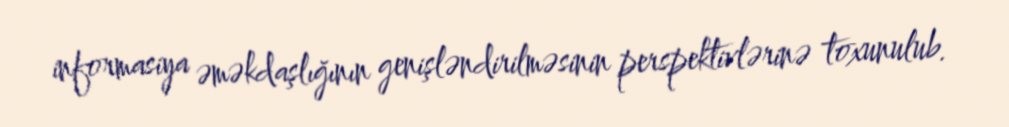
informasiya əməkdaşlığının genişləndirilməsinin perspektivlərinə toxunulub.